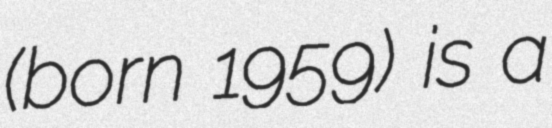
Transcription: (born 1959) is a